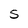
Character: 5